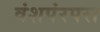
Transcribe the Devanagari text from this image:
वंशपंरपरा